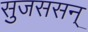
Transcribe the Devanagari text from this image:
सुजससन्